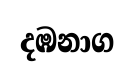
දඹනාග